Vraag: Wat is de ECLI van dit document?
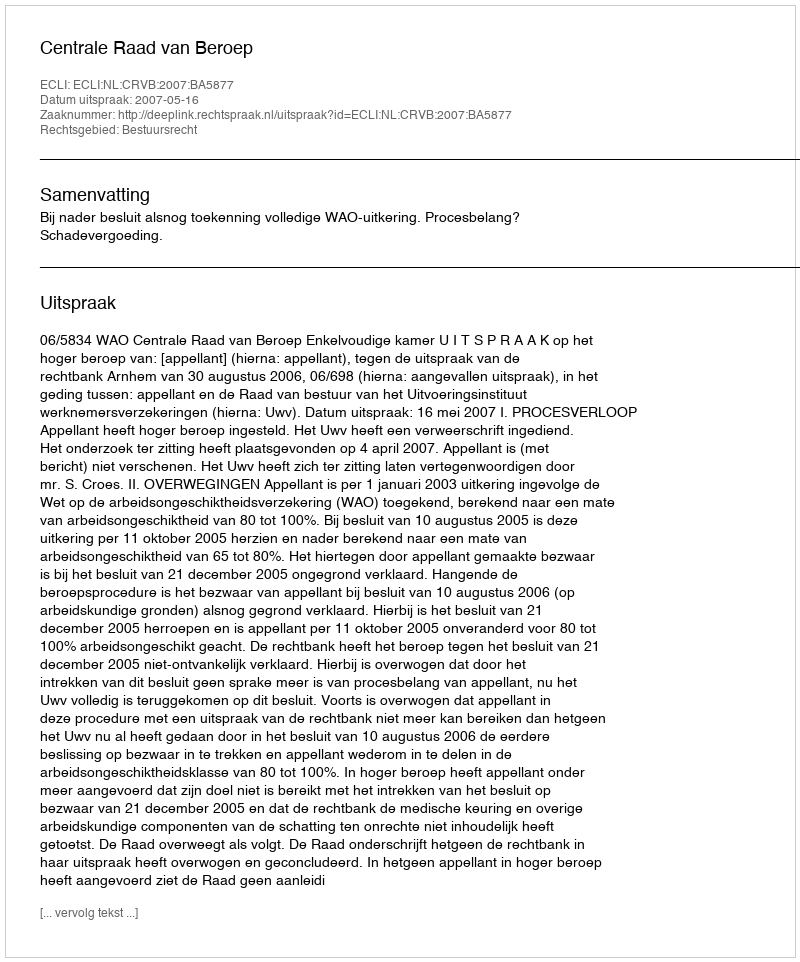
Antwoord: ECLI:NL:CRVB:2007:BA5877